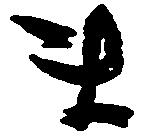
ま